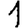
Digit: 1